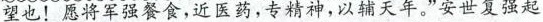
望也！愿将军强餐食，近医药，专精神，以辅天年，”安世复强起